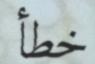
خطأ